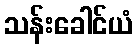
သန်းခေါင်ယံ